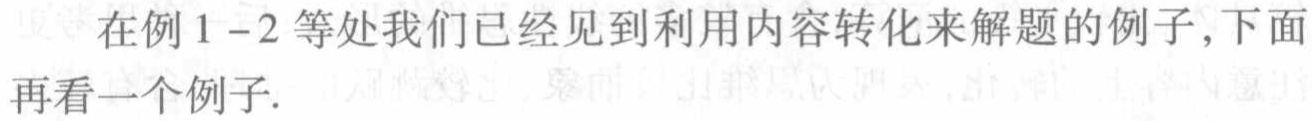
在例 1--2 等处我们已经见到利用内容转化来解题的例子,下面再看一个例子.